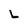
Character: L